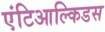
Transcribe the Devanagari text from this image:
एंटिआल्किडस